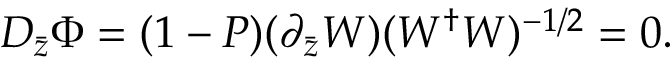
D _ { \bar { z } } \Phi = ( 1 - P ) ( \partial _ { \bar { z } } W ) ( W ^ { \dag } W ) ^ { - 1 / 2 } = 0 .